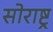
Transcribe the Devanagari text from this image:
सोराष्ट्र